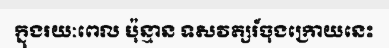
ក្នុងរយៈពេល ប៉ុន្មាន ទសវត្សរ៍ចុងក្រោយនេះ